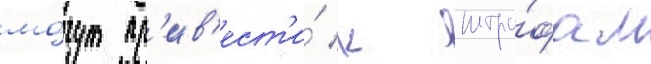
мо́гут пр'ив'ест'и́ к штра́фам